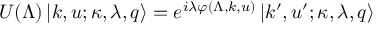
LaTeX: U ( \Lambda ) \left| k , u ; \kappa , \lambda , q \right> = e ^ { i \lambda \varphi ( \Lambda , k , u ) } \left| k ^ { \prime } , u ^ { \prime } ; \kappa , \lambda , q \right>